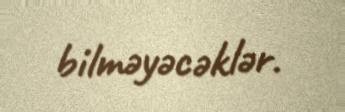
bilməyəcəklər.